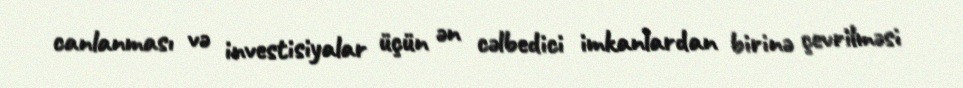
canlanması və investisiyalar üçün ən cəlbedici imkanlardan birinə çevrilməsi